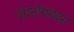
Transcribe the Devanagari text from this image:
लेप्टोस्पायरा